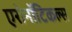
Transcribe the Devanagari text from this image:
एरोनॉटिकल्स